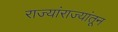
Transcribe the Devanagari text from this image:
राज्यांराज्यांतून